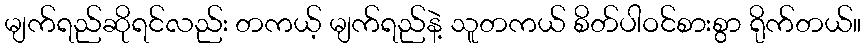
မျက်ရည်ဆိုရင်လည်း တကယ့် မျက်ရည်နဲ့ သူတကယ် စိတ်ပါဝင်စားစွာ ရိုက်တယ်။